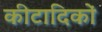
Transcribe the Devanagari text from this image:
कीटादिकों